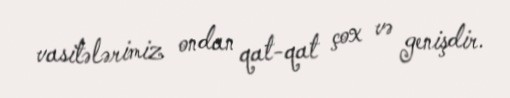
vasitələrimiz ondan qat-qat çox və genişdir.